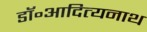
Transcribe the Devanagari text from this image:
डॉ॰आदित्यनाथ